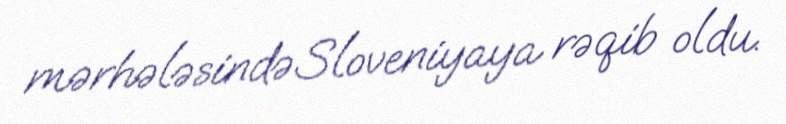
mərhələsində Sloveniyaya rəqib oldu.